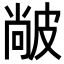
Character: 𤿼